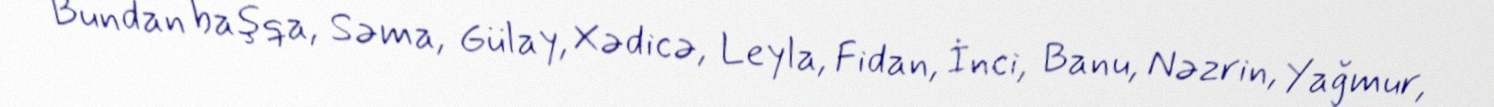
Bundan başqa, Səma, Gülay, Xədicə, Leyla, Fidan, İnci, Banu, Nəzrin, Yağmur,